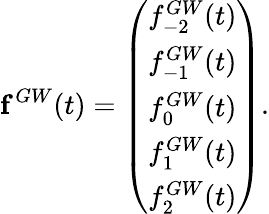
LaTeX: {\mathbf f}^{GW}(t)=\left(\begin{array}{l}{f_{-2}^{GW}(t)}\\ {f_{-1}^{GW}(t)}\\ {f_{0}^{GW}(t)}\\ {f_{1}^{GW}(t)}\\ {f_{2}^{GW}(t)}\end{array}\right).